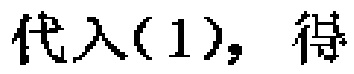
代入(1), 得